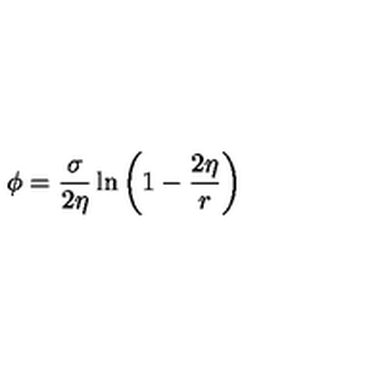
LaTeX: \phi = \frac { \sigma } { 2 \eta } \ln \left( 1 - \frac { 2 \eta } { r } \right)